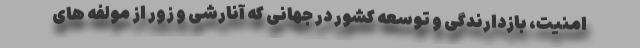
امنیت، بازدارندگی و توسعه کشور در جهانی که آنارشی و زور از مولفه های